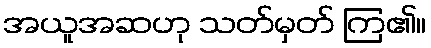
အယူအဆဟု သတ်မှတ် ကြ၏။